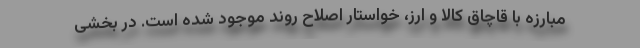
مبارزه با قاچاق کالا و ارز، خواستار اصلاح روند موجود شده است. در بخشی